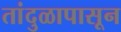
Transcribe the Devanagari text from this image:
तांदुळापासून